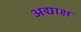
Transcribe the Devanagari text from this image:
अद्याक्ष